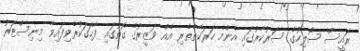
ރައީސް ސޯލިހުގެ ސަރުކާރުގައި އެންމެ ހަރަކާތްތެރި އެއް ވަޒީރުގެ ގޮތުގައި ފާހަގަކުރެވިފައިވާ މިނިސްޓަރު